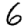
Digit: 6